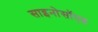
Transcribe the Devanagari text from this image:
साइनोसॉएड